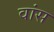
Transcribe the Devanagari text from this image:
वांस